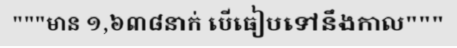
"""មាន ១,៦៣៨នាក់ បើធៀបទៅនឹងកាល"""